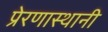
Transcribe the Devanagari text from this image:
प्रेरणास्थानी